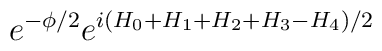
e^{-\phi/2}e^{i(H_0+H_1+H_2+H_3-H_4)/2}